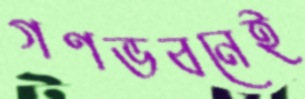
গণভবনেই